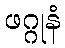
ဖဂ္ဂုနံ